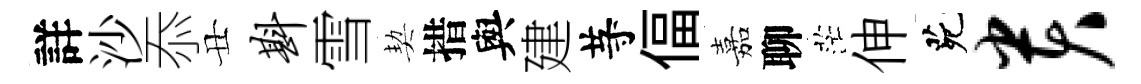
詳沙忝丑斟雪契措與建䒭偪嘉聊茫伸茕贵